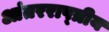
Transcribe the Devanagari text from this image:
आंतरराष्त्रीय